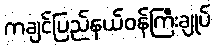
ကချင်ပြည်နယ်ဝန်ကြီးချုပ်